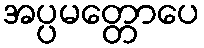
အပ္ပမတ္တောပေ